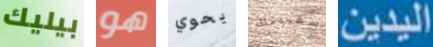
بيليك هو يحوي سفينتك اليدين